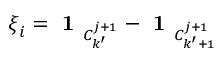
\boldsymbol { \xi } _ { i } = \textbf { 1 } _ { C _ { k ^ { \prime } } ^ { j + 1 } } - \textbf { 1 } _ { C _ { k ^ { \prime } + 1 } ^ { j + 1 } }